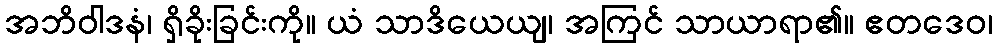
အဘိဝါဒနံ၊ ရှိခိုးခြင်းကို။ ယံ သာဒိယေယျ၊ အကြင် သာယာရာ၏။ ဧတဒေဝ၊